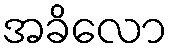
အခိလော